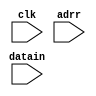
module Memory(datain,clk,adrr);
input [15:0]datain;
input clk;
input [7:0]adrr;
reg [15:0]mem[0:255];
 always@(posedge clk)
  begin
  mem[adrr]=datain;
  end
endmodule